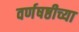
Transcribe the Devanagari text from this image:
वर्णषष्ठीच्या